Vaccination in the Punjab 1883-1896 - 1883-1896
Year: 1883
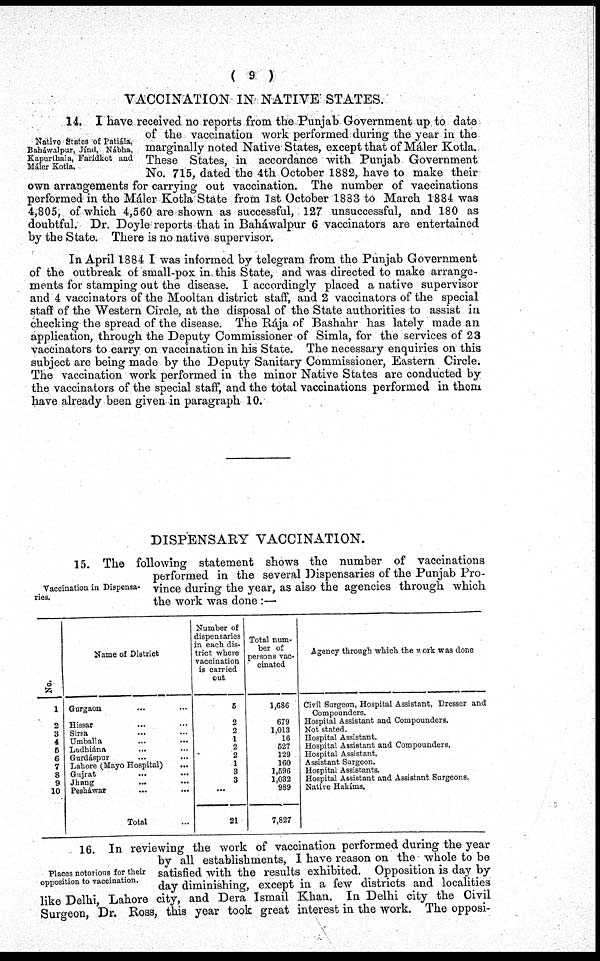
( 9 )
VACCINATION IN NATIVE STATES.
Native States of Patiála,
Baháwalpur, Jínd, Nábha,
Kapurlhala, Farídkot and
Máler Kotla.
14. I have received no reports from the Punjab Government up to date
of the vaccination work performed during the year in the
marginally noted Native States, except that of Máler Kotla.
These States, in accordance with Punjab Government
No. 715, dated the 4th October 1882, have to make their
own arrangements for carrying out vaccination. The number of vaccinations
performed in the Máler Kotla State from 1st October 1883 to March 1884 was
4,805, of which 4,560 are shown as successful, 127 unsuccessful, and 180 as
doubtful. Dr. Doyle reports that in Baháwalpur 6 vaccinators are entertained
by the State. There is no native supervisor.
In April 1884 I was informed by telegram from the Punjab Government
of the outbreak of small-pox in this State, and was directed to make arrange-
ments for stamping out the disease. I accordingly placed a native supervisor
and 4 vaccinators of the Mooltan district staff, and 2 vaccinators of the special
staff of the Western Circle, at the disposal of the State authorities to assist in
checking the spread of the disease. The Rája of Bashahr has lately made an
application, through the Deputy Commissioner of Simla, for the services of 23
vaccinators to carry on vaccination in his State. The necessary enquiries on this
subject are being made by the Deputy Sanitary Commissioner, Eastern Circle.
The vaccination work performed in the minor Native States are conducted by
the vaccinators of the special staff, and the total vaccinations performed in them
have already been given in paragraph 10.
DISPENSARY VACCINATION.
Vaccination in Dispensa-
ries.
15. The following statement shows the number of vaccinations
performed in the several Dispensaries of the Punjab Pro-
vince during the year, as also the agencies through which
the work was done :—
No.
1
2
3
4
6
6
7
8
9
10
Name of District
Gargaon ... ...
Hissar ... ...
Sirsa ... ...
Umballa ... ...
Ludhiána ... ...
Gurdáspur ... ...
Lahore (Mayo Hospital) ...
Gujrat ... ...
Jhang ... ...
Pesháwar ... ...
Total ...
Number of
dispensaries
in each dis-
trict where
vaccination
is carried
out
5
2
2
1
2
2
1
3
3
...
21
Total num-
ber of
persons vac-
cinated
1,686
679
1,013
16
527
129
160
1,596
1,032
989
7,827
Agency through which the work was done
Civil Surgeon, Hospital Assistant, Dresser and
Compounders.
Hospital Assistant and Compounders.
Not stated.
Hospital Assistant.
Hospital Assistant and Compounders.
Hospital Assistant.
Assistant Surgeon.
Hospital Assistants.
Hospital Assistant and Assistant Surgeons.
Native Hakims.
Places notorious for their
opposition to vaccination.
16. In reviewing the work of vaccination performed during the year
by all establishments, I have reason on the whole to be
satisfied with the results exhibited. Opposition is day by
day diminishing, except in a few districts and localities
like Delhi, Lahore city, and Dera Ismail Khan. In Delhi city the Civil
Surgeon, Dr. Ross, this year took great interest in the work. The opposi-